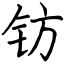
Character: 钫